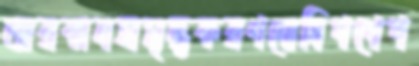
জারকানসমৃদ্ধকরণযোনিপথেপ